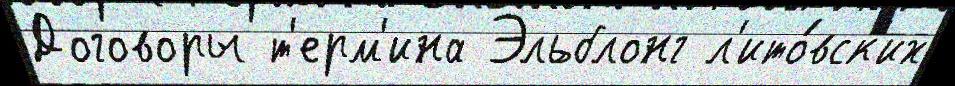
Договоры т'ерм'ина Эльблонг л'ито́вск'их